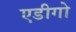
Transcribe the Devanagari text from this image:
एडीगो